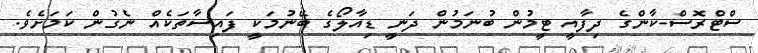
ސްޓްރޮސް-ކާންގެ ދިފާއީ ޓީމުން ބުނަމުން ދަނީ ޑިއާލޯގެ ބޭނުމަކީ ފައިސާތަކެއް ނެގުން ކަމަށެވެ.